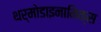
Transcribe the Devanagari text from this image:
थर्मोडाइनामिक्स